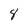
Character: 8